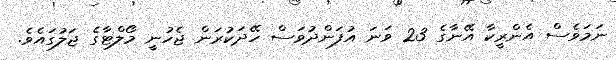
ނަމަވެސް އެންރީކާ އޭނާގެ 23 ވަނަ އުފަންދުވަސް ހޭދަކުރަން ޖެހުނީ މޯލްޓާގެ ޖަލުގައެވެ.